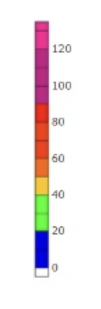
Blue: 0 to 20
Green: 20 to 40
Yellow: 40 to 50
Orange: 50 to 60
Dark Orange: 60 to 70
Red: 70 to 90
Magenta: 90 to 120
Pink: 120 to 135